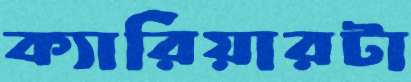
ক্যারিয়ারটা